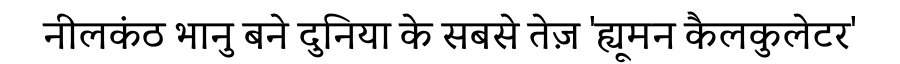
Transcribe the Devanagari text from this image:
नीलकंठ भानु बने दुनिया के सबसे तेज़ 'ह्यूमन कैलकुलेटर'